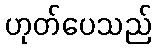
ဟုတ်ပေသည်